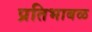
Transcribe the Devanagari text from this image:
प्रतिभाबळ